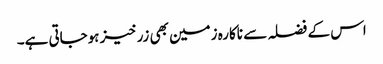
اس کے فضلہ سے ناکارہ زمین بھی زرخیز ہوجاتی ہے۔